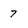
Character: 7